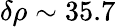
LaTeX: \delta\rho\sim 35.7